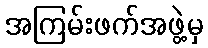
အကြမ်းဖက်အဖွဲ့မှ